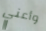
وأعني